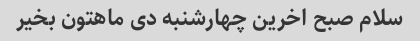
سلام صبح اخرین چهارشنبه دی ماهتون بخیر